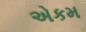
એકમ